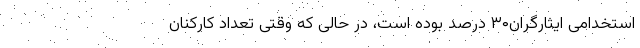
استخدامی ایثارگران۳۰ درصد بوده است، در حالی که وقتی تعداد کارکنان